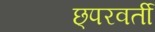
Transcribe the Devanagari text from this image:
छ्परवर्ती